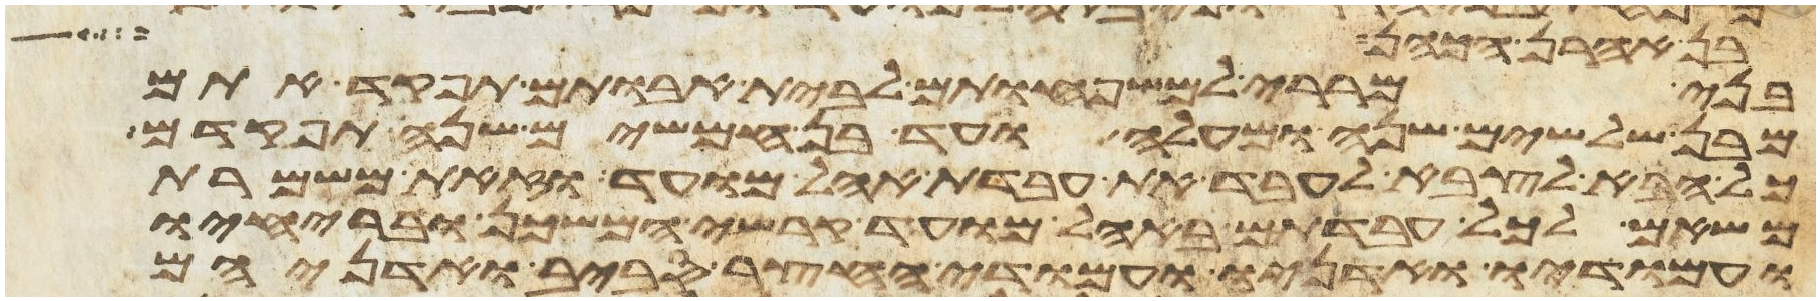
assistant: בן אהרן הכהן
בני מררי למשפחותם לבית אבותם תפקד אתם
מבן שלשים שנה ומעלה ועד בן חמשים שנה תפקדם
כל הבא לצבא לעבד את עבדת אהל מועד וזאת משמרת
משאם לכל עבדתם באהל מועד קרשי המשכן ובריחיו
ועמודיו ואדניו ועמודי החצר סביב ואדניהם